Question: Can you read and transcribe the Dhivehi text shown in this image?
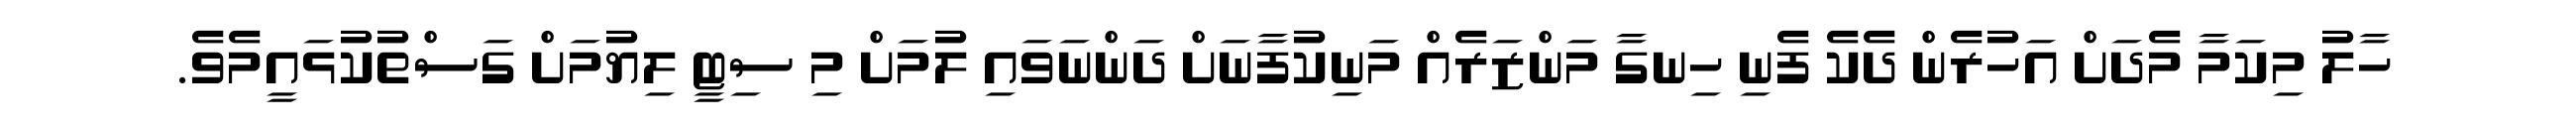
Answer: ހާލު މިކަމާ މެދަށް އަހުރެން ދެކެ ފެނި ހިނގާ މަންޒަރެއް މަނިކުފާނަށް ދަންނަވައި ލުމަށް މި ސިޓީ ލިޔުމަށް ގަސްތުކުޅައީމެވެ.